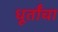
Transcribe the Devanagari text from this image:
धूर्तांचा